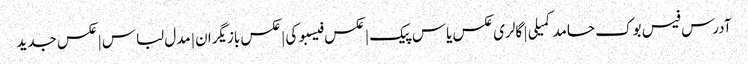
آدرس فیس بوک حامد کمیلی | گالری عکس یاس پیک | عکس فیسبوکی | عکس بازیگران | مدل لباس | عکس جدید